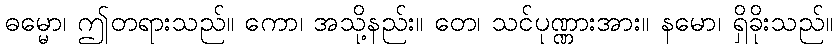
ဓမ္မော၊ ဤတရားသည်။ ကော၊ အသို့နည်း။ တေ၊ သင်ပုဏ္ဏားအား။ နမော၊ ရှိခိုးသည်။